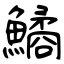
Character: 鱊